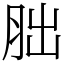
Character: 胐